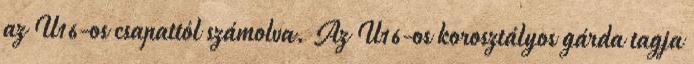
az U16-os csapattól számolva. Az U16-os korosztályos gárda tagja